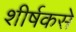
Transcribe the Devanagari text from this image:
शीर्षकसे